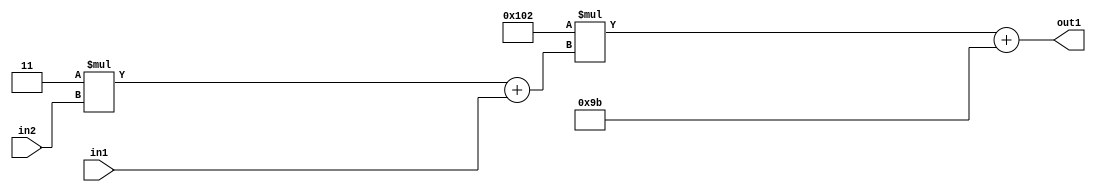
`timescale 1ps / 1ps
/*****************************************************************************
    Verilog RTL Description
    
    
    Created by: Stratus DpOpt 2019.1.01 
*******************************************************************************/

module DC_Filter_Add2i155Mul2i258Add2u1Mul2i3u2_1 (
	in2,
	in1,
	out1
	); /* architecture "behavioural" */ 
input [1:0] in2;
input  in1;
output [11:0] out1;
wire [11:0] asc001;
wire [3:0] asc002;

wire [3:0] asc002_tmp_0;
assign asc002_tmp_0 = 
	+(4'B0011 * in2);
assign asc002 = asc002_tmp_0
	+(in1);

wire [11:0] asc001_tmp_1;
assign asc001_tmp_1 = 
	+(12'B000100000010 * asc002);
assign asc001 = asc001_tmp_1
	+(12'B000010011011);

assign out1 = asc001;
endmodule

/* CADENCE  v7X2QwA= : u9/ySgnWtBlWxVPRXgAZ4Og= ** DO NOT EDIT THIS LINE ******/